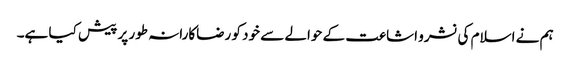
ہم نے اسلام کی نشرو اشاعت کے حوالے سے خود کو رضاکارانہ طور پر پیش کیا ہے۔